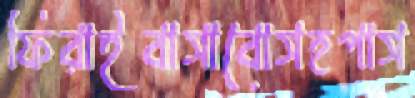
ফিরাইবাসাবোসহপাস